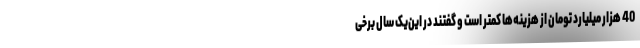
40 هزار میلیارد تومان از هزینه‌ها کمتر است و گفتند در این‌یک سال برخی